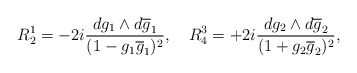
\begin{align*}R^{1}_{2} = - 2i \frac {dg_{1} \wedge d\overline{g}_{1}}{(1- g_{1}\overline{g}_{1})^{2}},~~~R^{3}_{4} =+2i \frac {dg_{2} \wedge d\overline{g}_{2}}{(1+ g_{2}\overline{g}_{2})^{2}},\end{align*}